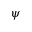
\psi